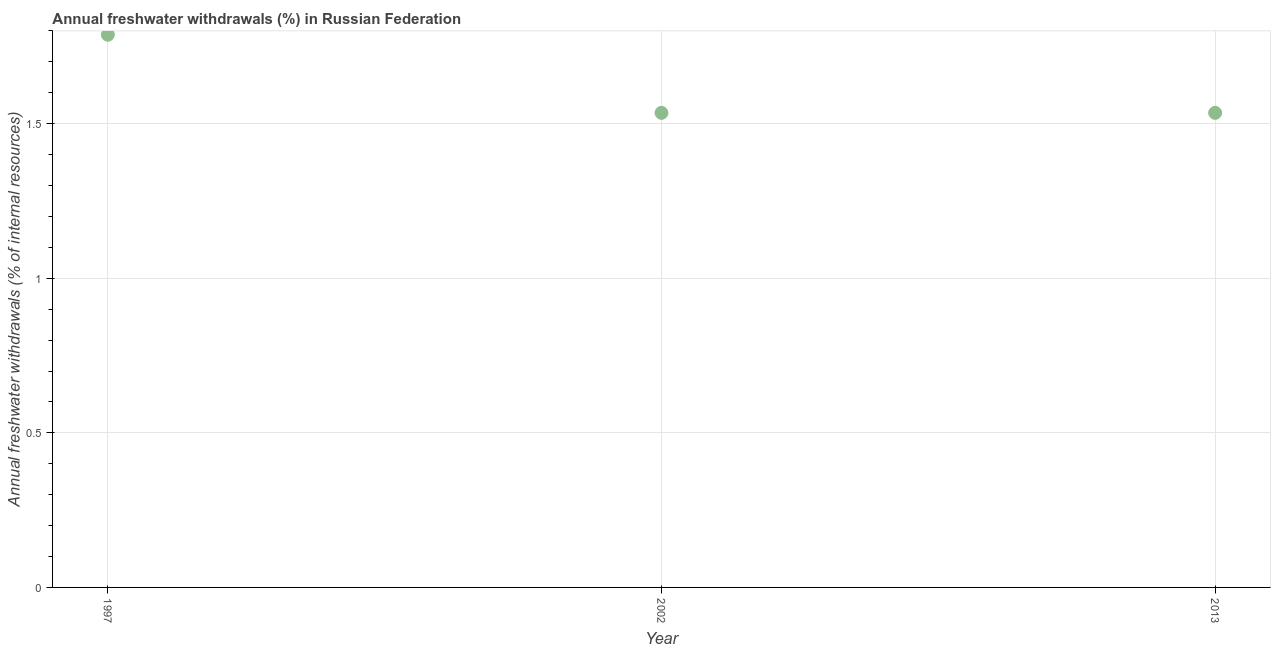
| Year | Annual freshwater withdrawals |
 | --- | --- |
 | 1997 | 1.79 |
 | 2002 | 1.53 |
 | 2013 | 1.53 |